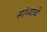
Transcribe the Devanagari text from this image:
सांध्याचे